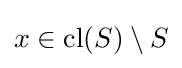
x\in \operatorname {cl} (S)\setminus S